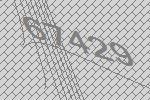
67429